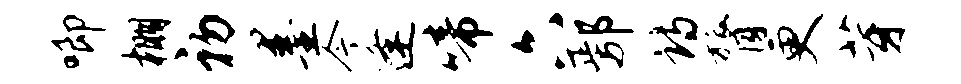
唧棚初墨今逢啼六鄢诗膂更芽